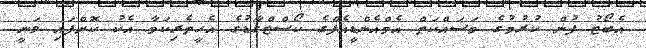
އެބޯޓު ފުން ކުރުމުގެ މަސައްކަތް އެމްއެންޑީއެފްގެ ކޯސްޓްގާޑުގެ އެހީތެރިކަމާ އެކު ކޮށްފައި ވަނީ